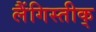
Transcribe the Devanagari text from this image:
लैंगिस्तीक्